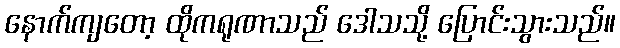
နောက်ကျတော့ ထိုကရုဏာသည် ဒေါသသို့ ပြောင်းသွားသည်။